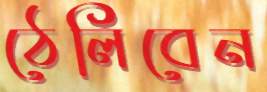
ঠেলিবেন